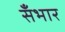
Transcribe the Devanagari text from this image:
सँभार